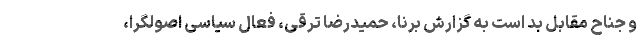
و جناح مقابل بد است به گزارش برنا، حمیدرضا ترقی، فعال سیاسی اصولگرا،